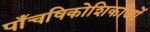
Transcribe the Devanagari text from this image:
पाँचषिकोशिकाओं